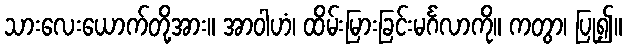
သားလေးယောက်တို့အား။ အာဝါဟံ၊ ထိမ်းမြားခြင်းမင်္ဂလာကို။ ကတွာ၊ ပြု၍။